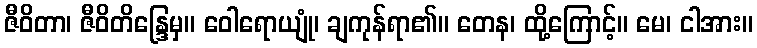
ဇီဝိတာ၊ ဇီဝိတိန္ဒြေမှ။ ဝေါရောယျုံ၊ ချကုန်ရာ၏။ တေန၊ ထို့ကြောင့်။ မေ၊ ငါအား။